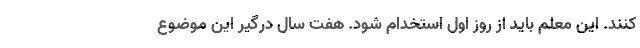
کنند. این معلم باید از روز اول استخدام شود. هفت سال درگیر این موضوع